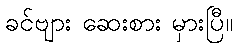
ခင်ဗျား ဆေးစား မှားပြီ။